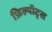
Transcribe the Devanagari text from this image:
फ़िल्पॉट्स